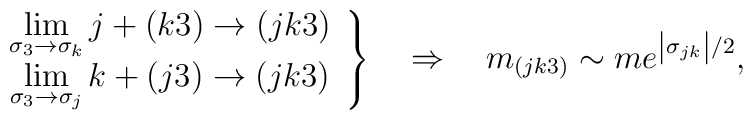
\left. \begin{array}{c}\lim\limits_{\sigma _{3}\rightarrow \sigma _{k}}j+(k3)\rightarrow (jk3) \\ \lim\limits_{\sigma _{3}\rightarrow \sigma _{j}}k+(j3)\rightarrow (jk3)\end{array}\right\} \quad \Rightarrow \quad m_{(jk3)}\sim me^{\left| \sigma_{jk}\right| /2},